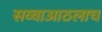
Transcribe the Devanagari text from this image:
सव्वाआठलाच